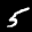
Label: 5